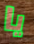
يا